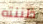
ظننته